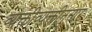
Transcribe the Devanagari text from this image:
व्यक्तीव्यक्तीनुसार